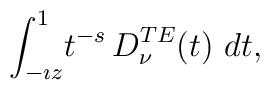
\displaystyle{\int_{- \imath z}^{1}} t^{-s}\,  \displaystyle{D_{\nu}^{TE}(t)} \ dt,